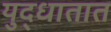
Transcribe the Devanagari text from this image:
युद्धातात